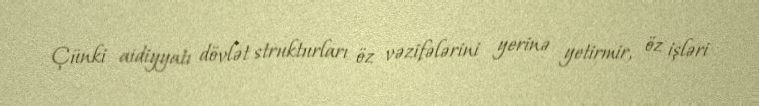
Çünki aidiyyatı dövlət strukturları öz vəzifələrini yerinə yetirmir, öz işləri